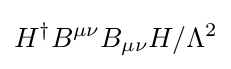
H^{\dagger }B^{\mu \nu }B_{\mu \nu }H/\Lambda ^{2}